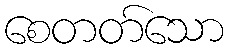
စေတတ်သော